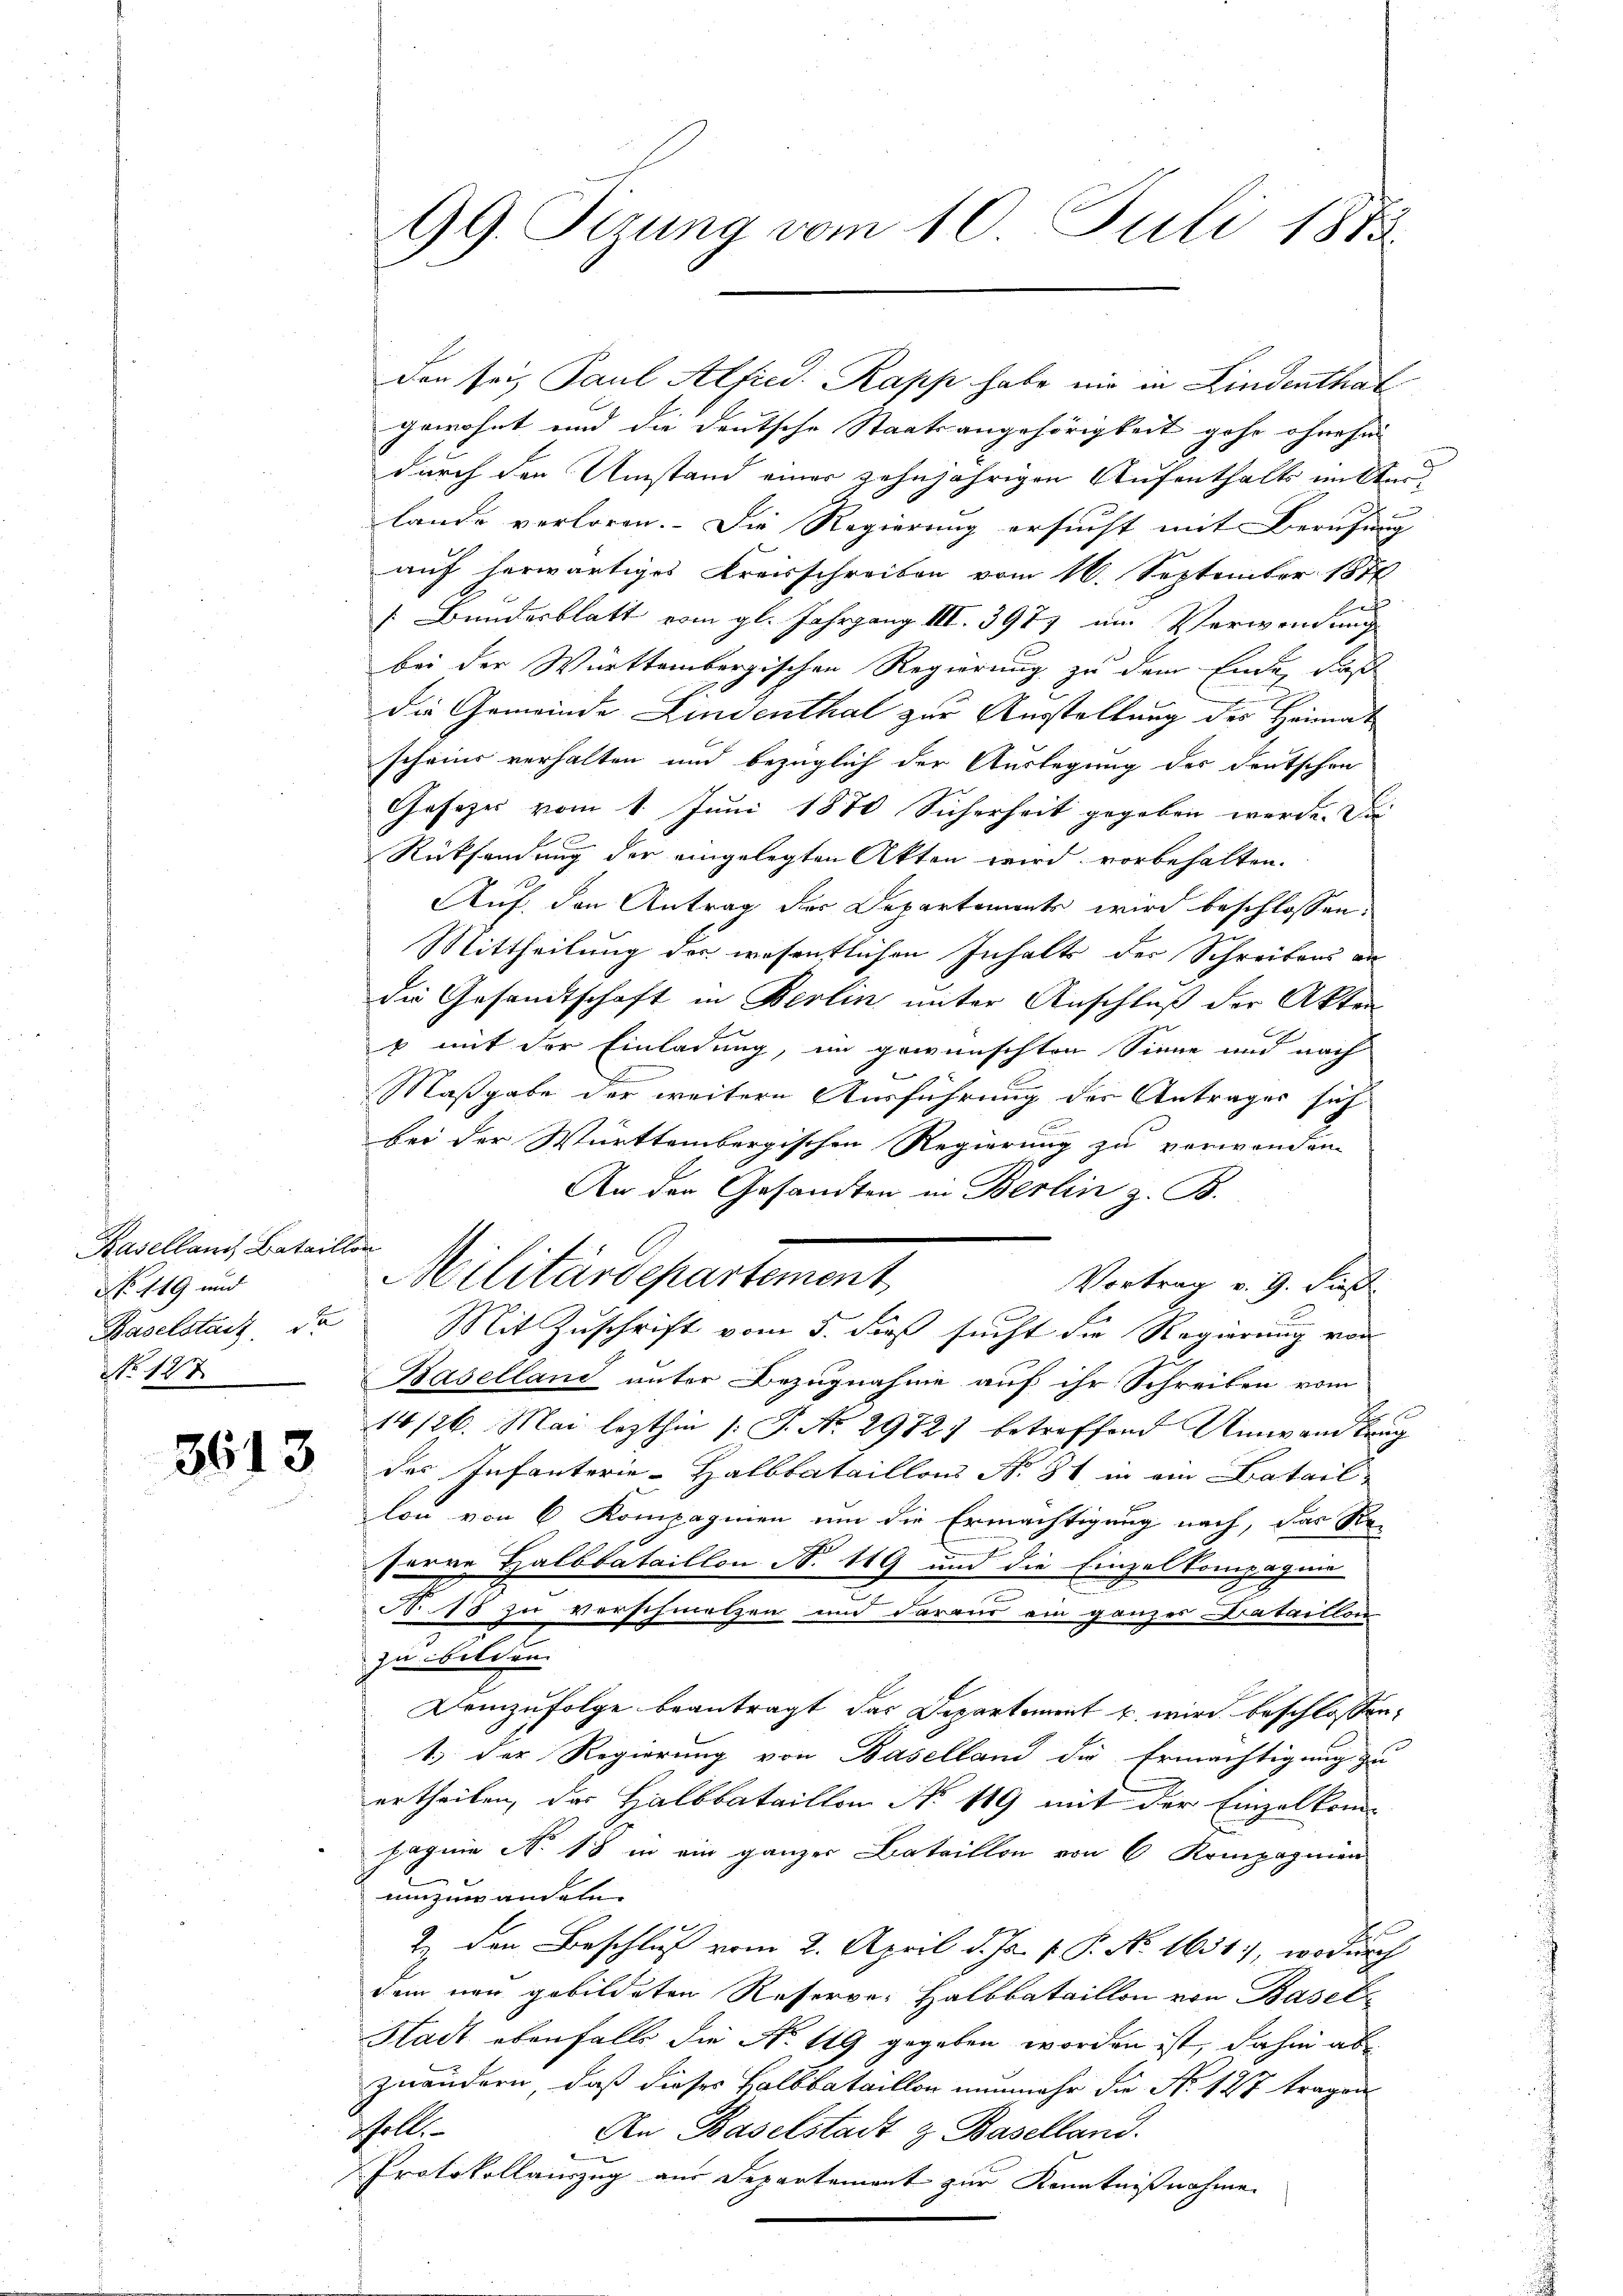
Paselland Bataillon
No. 119 und
No 127.

3613

gewohnt und die deutsche Staatsangehörigkeit gehe ohne su
durch den Umstand einer zehnjährigen Aufenthalts im Auslande verloren. Die Regierung ersucht mit Berufun
auf herwärtiges Kreisschreiben vom 16. September 1876
/. Bundesblatt vom gl. Jahrgang III. 397 im Verwendung

bei der Württembergischen Regierung zu dem Ende, daß
die Gemeinde Lindenthal zur Ausstellung des Heimat
scheine verhalten und bezüglich der Auslegung des Deutschen
Gesezes vom 1. Juni 1870 Sicherheit gegeben werde. Die
E
.
Rücksendung der eingelegten Akten wird vorbehalten.
Auf den Antrag der Departement wird beschlossen:
Mittheilung des wesentlichen Inhalte der Schreibens an
die Gesandtschaft in Berlin unter Anschluß der Akten
b mit der Einladung, im gewünschten Sinne und nach
Maßgabe der weitere Ausführung der Antrages sich
bei der Württembergischen Regierung zu verwanden.
An der Gesandten in Berlin z. B.
Vortrag v. 9. Fieß
Baselstanz, der Mit Zuschrift vom 5. dieß sucht die Regierung von
Baselland unter Bezugnahme auf ihr Schreiben vom
14/26. Mai lezthin /: P. Nr. 2972) betreffend Umwandlung
des Infanterie-Halbbataillons No. 81 in ein Bataillon von 6 Kompagnien um die Ermächtigung nach, das Re-
serre Halbbataillon N. 119 und die Einzel kompagnie
N. 18 zu verschmelzen und daraus ein ganzes Bataillon
zu bilden.
Demzufolge beantragt das Departement u. wird beschlossen:
1.) Der Regierung von Baselland die Ermächtigung zu
ertheilen, das Halbbataillon No. 119 mit der Einzelkom-
pagnie No 18 in ein ganzer Bataillon von 6 Kompagnien
umzuwandeln. |
t
2. den Beschluß vom 2. April d. Js. v. P. No. 1651), wodurch
dem neu gebildeten Reserver Halbbataillon von Basel¬
Stadt ebenfalls die N. 19 gegeben worden ist, dahin ab
zuändern, daß dieses Halbbataillon nunmehr die No 127 tragen
sholle
An Baselstadt & Baselland.
Protokollauszug aus Departement zur Kenntnißnahme

99. Sizung vom 10. Juli 1883

Militärdepartement.

den sei, Paul Alfred. Rapp habe mir in Lindenthal